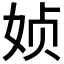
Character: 𰌂